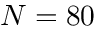
N = 8 0